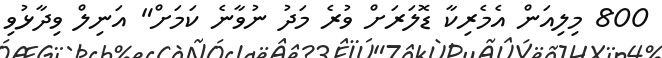
800 މިލިއަން އެމެރިކާ ޑޮލަރަށް ވުރެ މަދު ނުވާނެ ކަމަށް" އަނިލް ވިދާޅުވި